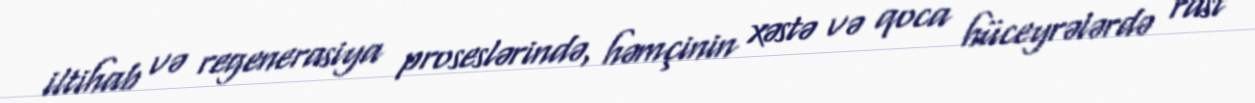
iltihab və regenerasiya proseslərində, həmçinin xəstə və qoca hüceyrələrdə rast